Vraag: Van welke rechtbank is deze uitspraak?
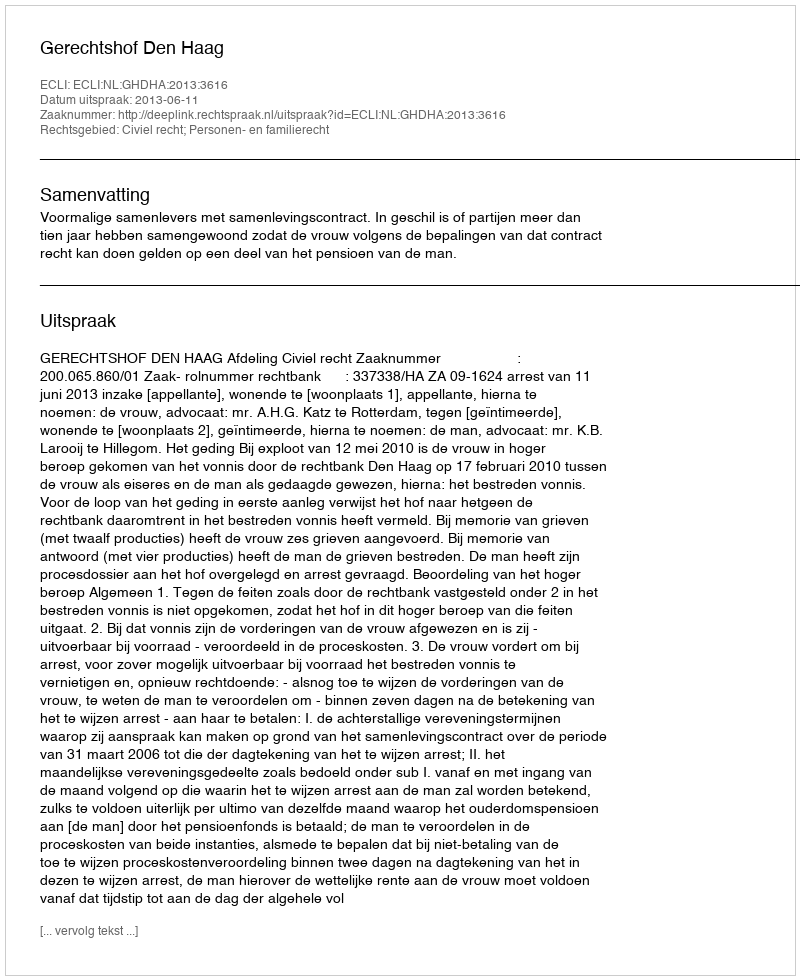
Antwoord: Gerechtshof Den Haag